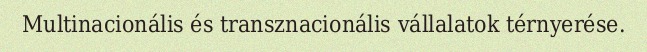
Multinacionális és transznacionális vállalatok térnyerése.